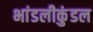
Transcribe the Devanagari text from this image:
भांडलीकुंडल